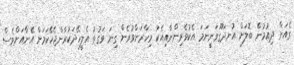
ގެއަށް ދިއުމުން ބޮލަށް އުނދަގޫވަނީނަމަ އެކުވެރިންނާއިއެކު މިހާރަށްވުރެން ގިނަ ވަގުތު އެލީހޭދަކުރާންޖެހޭކަމަށް އޭނާއަށްވެސް